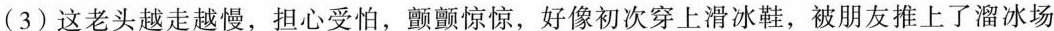
(3)这老头越走越慢，担心受怕，颤颤惊惊，好像初次穿上了滑冰鞋，被朋友推上了溜冰场